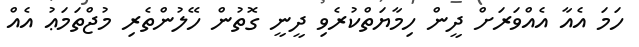
ހަމަ އެއާ އެއްވަރަށް ދީން ހިމާޔަތްކުރެވި ދީނީ ގޮތުން ހޭލުންތެރި މުޖްތަމަޢު އެއް